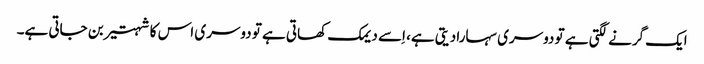
ایک گرنے لگتی ہے تو دوسری سہارا دیتی ہے، اِسے دیمک کھاتی ہے تو دوسری اس کا شہتیر بن جاتی ہے۔